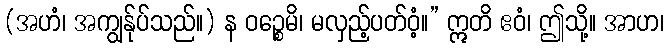
(အဟံ၊ အကျွန်ုပ်သည်။) န ဝဉ္စေမိ၊ မလှည့်ပတ်ဝံ့။” ဣတိ ဧဝံ၊ ဤသို့။ အာဟ၊